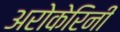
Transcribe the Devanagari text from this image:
अरोकेरिनी